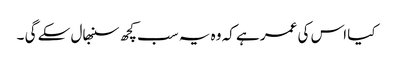
کیا اس کی عمر ہے کہ وہ یہ سب کچھ سنبھال سکے گی ۔